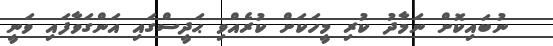
ނުބައިކޮށް ނަމާދު ކުރި މީހަކަށް ކުރެއްވި ޙަދީސްގައި އަންގަވާފައި ވަނީ